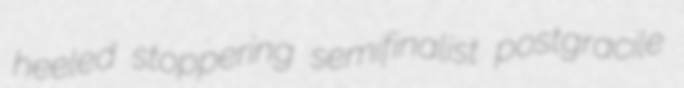
heeled stoppering semifinalist postgracile